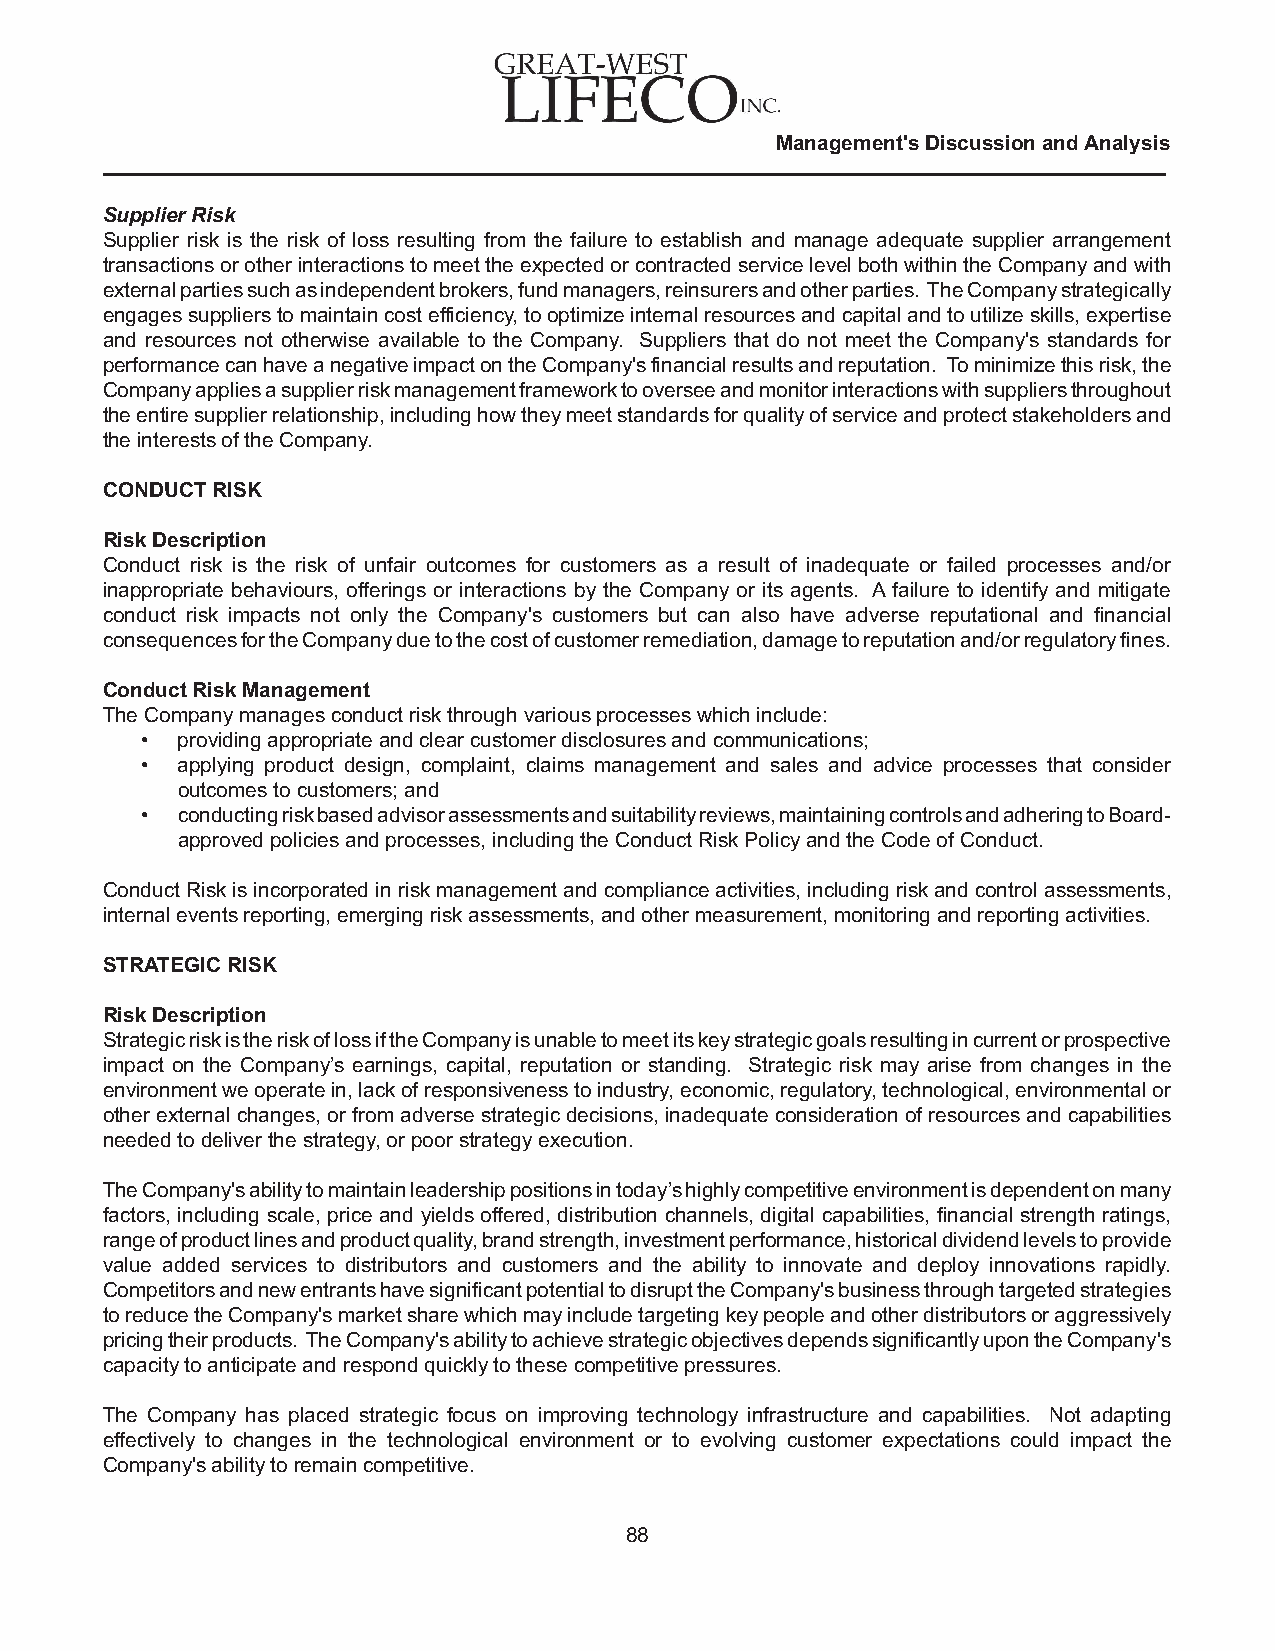
Management's Discussion and Analysis
 Supplier Risk
 Supplier risk is the risk of loss resulting from the failure to establish and manage adequate supplier arrangement
 transactions or other interactions to meet the expected or contracted service level both within the Company and with
 external parties such as independent brokers, fund managers, reinsurers and other parties. The Company strategically
 engages suppliers to maintain cost efficiency, to optimize internal resources and capital and to utilize skills, expertise
 and resources not otherwise available to the Company. Suppliers that do not meet the Company's standards for
 performance can have a negative impact on the Company's financial results and reputation. To minimize this risk, the
 Company applies a supplier risk management framework to oversee and monitor interactions with suppliers throughout
 the entire supplier relationship, including how they meet standards for quality of service and protect stakeholders and
 the interests of the Company.
 CONDUCT RISK
 Risk Description
 Conduct risk is the risk of unfair outcomes for customers as a result of inadequate or failed processes and/or
 inappropriate behaviours, offerings or interactions by the Company or its agents. A failure to identify and mitigate
 conduct risk impacts not only the Company's customers but can also have adverse reputational and financial
 consequences for the Company due to the cost of customer remediation, damage to reputation and/or regulatory fines.
 Conduct Risk Management
 The Company manages conduct risk through various processes which include:
 •  providing appropriate and clear customer disclosures and communications;
 •  applying product design, complaint, claims management and sales and advice processes that consider
 outcomes to customers; and
 •  conducting risk based advisor assessments and suitability reviews, maintaining controls and adhering to Board-
 approved policies and processes, including the Conduct Risk Policy and the Code of Conduct.
 Conduct Risk is incorporated in risk management and compliance activities, including risk and control assessments,
 internal events reporting, emerging risk assessments, and other measurement, monitoring and reporting activities.
 STRATEGIC RISK
 Risk Description
 Strategic risk is the risk of loss if the Company is unable to meet its key strategic goals resulting in current or prospective
 impact on the Company’s earnings, capital, reputation or standing. Strategic risk may arise from changes in the
 environment we operate in, lack of responsiveness to industry, economic, regulatory, technological, environmental or
 other external changes, or from adverse strategic decisions, inadequate consideration of resources and capabilities
 needed to deliver the strategy, or poor strategy execution.
 The Company's ability to maintain leadership positions in today’s highly competitive environment is dependent on many
 factors, including scale, price and yields offered, distribution channels, digital capabilities, financial strength ratings,
 range of product lines and product quality, brand strength, investment performance, historical dividend levels to provide
 value added services to distributors and customers and the ability to innovate and deploy innovations rapidly.
 Competitors and new entrants have significant potential to disrupt the Company's business through targeted strategies
 to reduce the Company's market share which may include targeting key people and other distributors or aggressively
 pricing their products. The Company's ability to achieve strategic objectives depends significantly upon the Company's
 capacity to anticipate and respond quickly to these competitive pressures.
 The Company has placed strategic focus on improving technology infrastructure and capabilities. Not adapting
 effectively to changes in the technological environment or to evolving customer expectations could impact the
 Company's ability to remain competitive.
 88